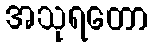
အသုရတော